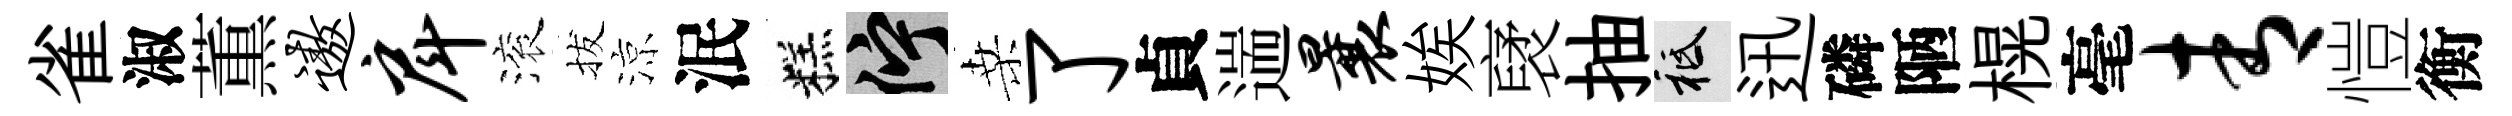
雀淑薫遨戽滚拔涼泯糕伫桑了貞遄曩娭裦抽祇迅磷陋榥毫青愷衡